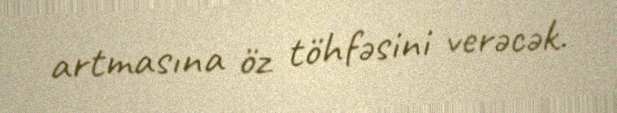
artmasına öz töhfəsini verəcək.